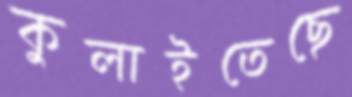
কুলাইতেছে